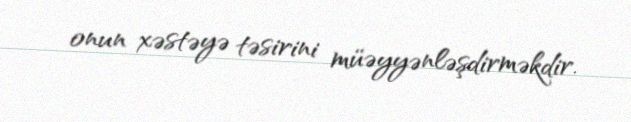
onun xəstəyə təsirini müəyyənləşdirməkdir.